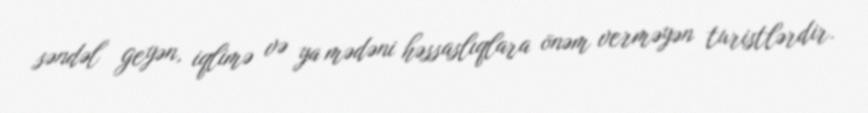
səndəl geyən, iqlimə və ya mədəni həssaslıqlara önəm verməyən turistlərdir.